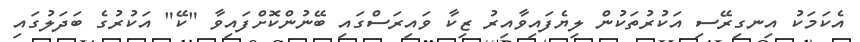
އެކަމަކު އިނގިރޭސި އަކުރުތަކުން ލިޔެފައިވާއިރު ޒިކާ ވައިރަސްގައި ބޭނުންކޮށްފައިވާ "ކޭ" އަކުރުގެ ބަދަލުގައި